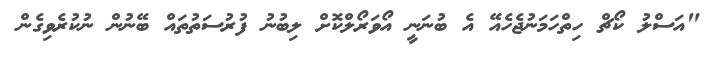
"އަސްލު ކޯޗް ހިތްހަމަނުޖެހެއޭ އެ ބުނަނީ އޯވަރޯލްކޮށް ލިބުނު ފުރުސަތުތައް ބޭނުން ނުކުރެވިގެން